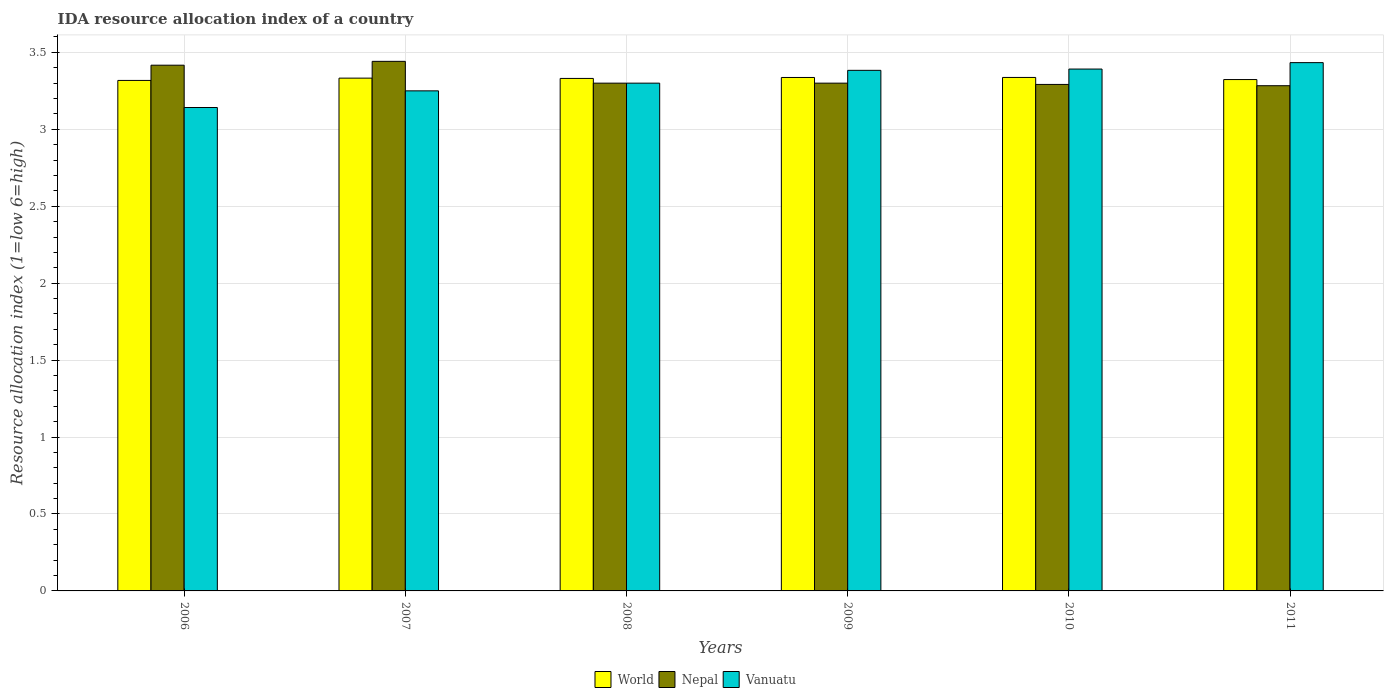
| Years | World | Nepal | Vanuatu |
 | --- | --- | --- | --- |
 | 2006 | 3.32 | 3.42 | 3.14 |
 | 2007 | 3.33 | 3.44 | 3.25 |
 | 2008 | 3.33 | 3.3 | 3.3 |
 | 2009 | 3.34 | 3.3 | 3.38 |
 | 2010 | 3.34 | 3.29 | 3.39 |
 | 2011 | 3.32 | 3.28 | 3.43 |